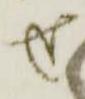
せ